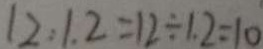
1 2 : 1 . 2 = 1 2 \div 1 . 2 = 1 0